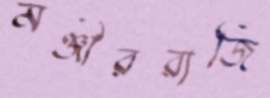
মঞ্জীররাজি